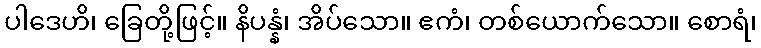
ပါဒေဟိ၊ ခြေတို့ဖြင့်။ နိပန္နံ၊ အိပ်သော။ ဧကံ၊ တစ်ယောက်သော။ စောရံ၊